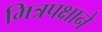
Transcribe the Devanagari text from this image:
मित्रपक्षाने